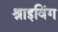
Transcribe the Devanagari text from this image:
श्राइविंग